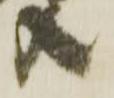
共